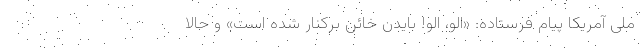
ملی آمریکا پیام فرستاده: «الو، الو! بایدن خائن برکنار شده است» و حالا